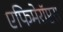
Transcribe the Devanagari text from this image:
एफिमेरॉप्टरा